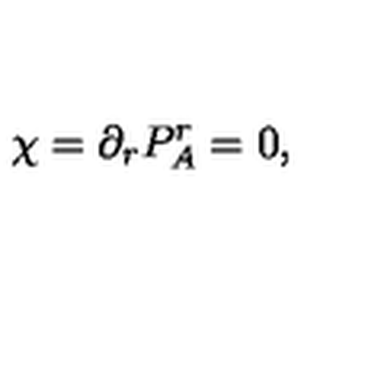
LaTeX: \chi = \partial _ { r } P _ { A } ^ { r } = 0 ,